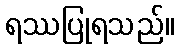
ရဿပြုရသည်။